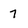
Character: 7